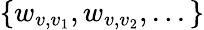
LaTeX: \{ w_{v,v_{1}},w_{v,v_{2}},...\}